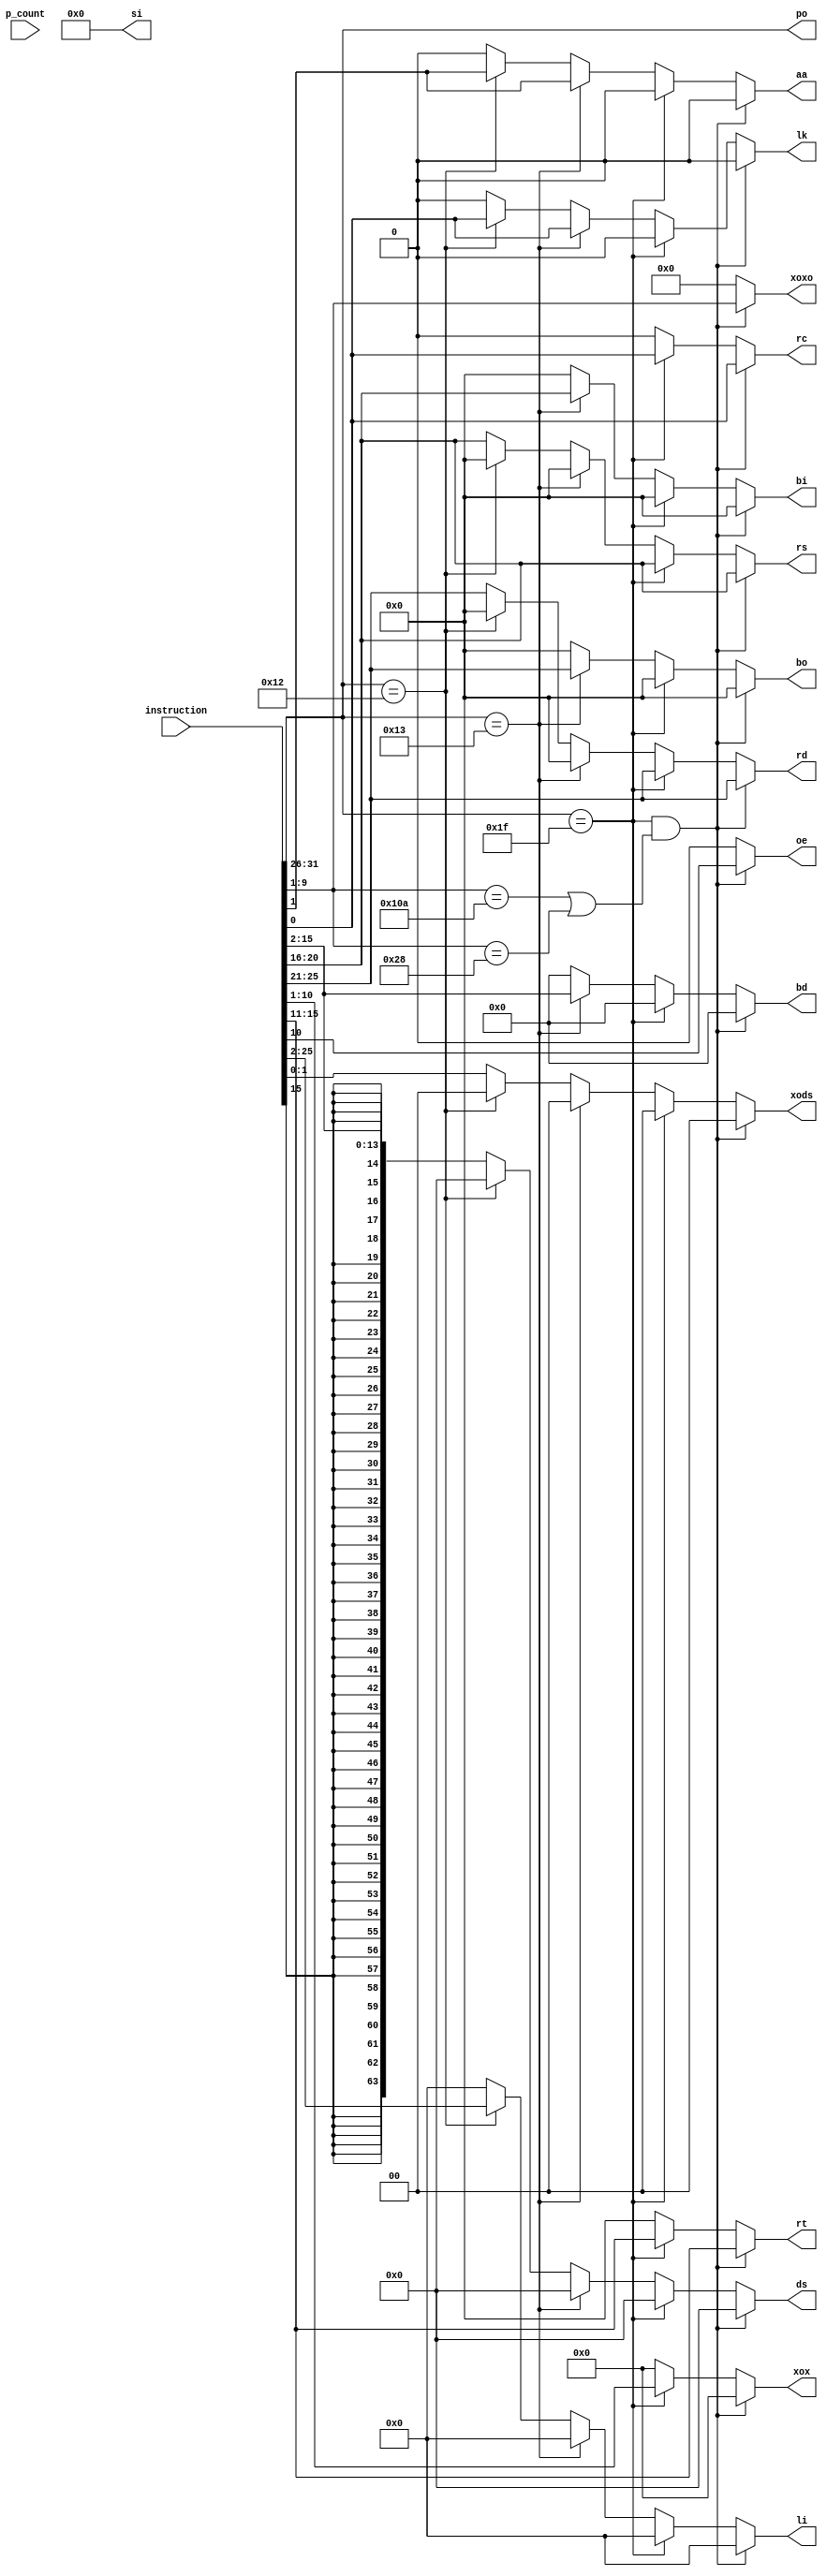
/* Module designed to read the instruction and assign the various
   components of the instruction to suitable variables depending on the format
*/

module parse_instruction(
    output wire [5:0] po, 
    output reg [4:0] rs, rt, rd, bo, bi, 
    output reg aa, lk, rc, oe,
    output reg [9:0] xox,
    output reg [8:0] xoxo, 
    output reg [15:0] si, 
    output reg [13:0] bd,
	output reg [63:0] ds,
    output reg [1:0] xods, 
    output reg [23:0] li,
    input [31:0] instruction, p_count
);

    assign po = instruction[31:26];

    always @(instruction) 
    begin
        rs = 5'b00000;
        rt = 5'b00000;
        rd = 5'b00000;
        bo = 5'b00000;
        bi = 5'b00000;
        aa = 1'b0;
        lk = 1'b0;
        rc = 1'b0;
        oe = 1'b0;
        xox = 10'b0000000000;
        xoxo = 9'b000000000;
        si = 16'b0000000000000000;
        bd = 14'b00000000000000;
        ds = 64'b00000000000000;
        xods = 2'b00;
        li = 24'b000000000000000000000000;
        //XO
        if(po == 6'd31 & (instruction[9:1] == 9'd266 | instruction[9:1] == 9'd40))
        begin
            // $display("HI\n");
            rd = instruction[25:21];
            rs = instruction[20:16];
            rt = instruction[15:11];
            oe = instruction[10];
            xoxo = instruction[9:1];
            rc = instruction[0];
        end

        //X
        else if(po == 6'd31)
        begin
            rd = instruction[25:21];
            rs = instruction[20:16];
            rt = instruction[15:11];
            xox = instruction[10:1];
            rc = instruction[0];
        end

        //D
       /* else if(po == 6'd14 | po == 6'd15 | po == 6'd28 | po == 6'd24 | po == 6'd26 | po == 6'd32 | po == 6'd36 | po == 6'd37 |po == 6'd40 | po == 6'd42 |po == 6'd44 |po == 6'd34 |po == 6'd38)
        begin
            rd = instruction[25:21];
            rs = instruction[20:16];   
            si = instruction[15:0];
            // $display("RD : %5b\n, RS : %5b\n", rd, rs);
        end*/

        //B
        else if(po == 6'd19)
        begin
            bo = instruction[25:21];
            bi = instruction[20:16];
            bd = instruction[15:2];
            aa = instruction[1];
            lk = instruction[0];
        end

        //I
        else if(po == 6'd18)
        begin
            li = instruction[25:2];
            aa = instruction[1];
            lk = instruction[0];
        end 

        //DS
        else
        begin
            rd = instruction[25:21];
            rs = instruction[20:16];
            ds = $signed(instruction[15:2]);
			//ds = {{50{instruction[15]}},instruction[15:2]};
			//$display("LALALAL %64b \n",ds);
            xods = instruction[1:0];
        end
    end
endmodule